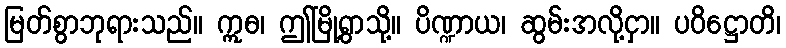
မြတ်စွာဘုရားသည်။ ဣဓ၊ ဤမြို့ရွာသို့။ ပိဏ္ဍာယ၊ ဆွမ်းအလို့ငှာ။ ပဝိဋ္ဌောတိ၊